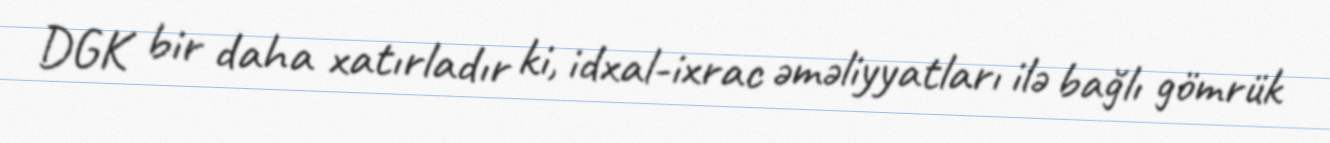
DGK bir daha xatırladır ki, idxal-ixrac əməliyyatları ilə bağlı gömrük